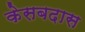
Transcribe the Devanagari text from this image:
केसबदास